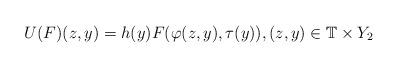
LaTeX: \begin{align*}U(F)(z,y)=h(y)F(\varphi(z,y),\tau(y)),(z,y)\in \mathbb{T}\times Y_2\end{align*}